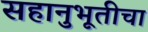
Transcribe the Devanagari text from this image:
सहानुभूतीचा